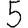
Digit: 5